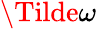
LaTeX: \Tilde{\omega}